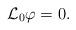
LaTeX: \begin{align*} \mathcal{L}_0 \varphi = 0.\end{align*}